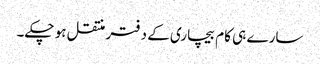
سارے ہی کام بیچاری کے دفتر منتقل ہو چکے۔